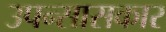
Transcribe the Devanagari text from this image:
उपन्सासकार